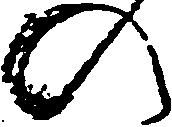
の